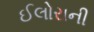
ઈલોરાની